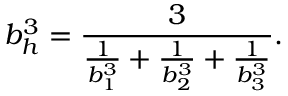
b _ { h } ^ { 3 } = \frac { 3 } { \frac { 1 } { b _ { 1 } ^ { 3 } } + \frac { 1 } { b _ { 2 } ^ { 3 } } + \frac { 1 } { b _ { 3 } ^ { 3 } } } .